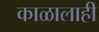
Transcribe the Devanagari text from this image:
काळालाही